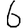
Digit: 6